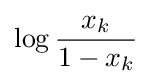
\log {\frac {x_{k}}{1-x_{k}}}